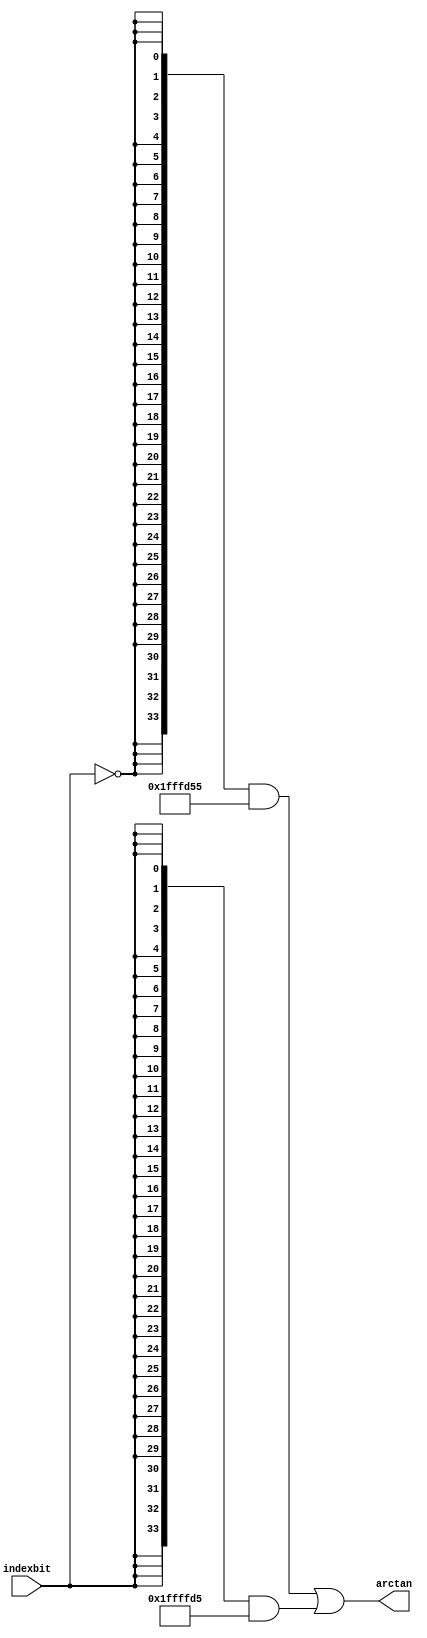
module  sin_altfp_sincos_cordic_atan_b5b
	(
	arctan,
	indexbit) ;
	output   [33:0]  arctan;
	input   indexbit;
`ifndef ALTERA_RESERVED_QIS
// synopsys translate_off
`endif
	tri0   indexbit;
`ifndef ALTERA_RESERVED_QIS
// synopsys translate_on
`endif
	wire  [47:0]  valuenode_7_w;
	wire  [47:0]  valuenode_9_w;
	assign
		arctan = (({34{(~ indexbit)}} & valuenode_7_w[47:14]) | ({34{indexbit}} & valuenode_9_w[45:12])),
		valuenode_7_w = 48'b000000000111111111111111010101010101011011101111,
		valuenode_9_w = 48'b000000000001111111111111111111010101010101010110;
endmodule